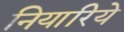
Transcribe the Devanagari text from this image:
नियारिये